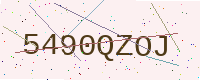
Text: 5490QZOJ